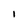
Character: I